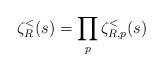
LaTeX: \begin{align*}\zeta_R^<(s) = \prod_p \zeta_{R,p}^<(s)\end{align*}